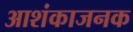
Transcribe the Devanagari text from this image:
आशंकाजनक